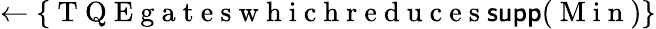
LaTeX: \gets\{ \mathrm{~T~Q~E~g~a~t~e~s~w~h~i~c~h~r~e~d~u~c~e~s~}\textsf{supp}(\mathrm{~M~i~n~})\}